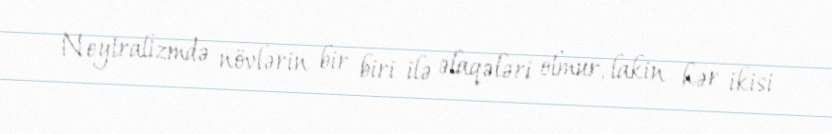
Neytralizmdə növlərin bir biri ilə əlaqələri olmur, lakin hər ikisi